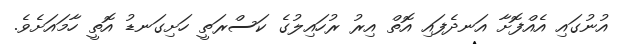
އުނުގައި އެއްފޮށާ އަނދެފައި އޮތް އިރު ރުހައިލުގެ ކަސްރަތީ ހަށިގަނޑު އޮތީ ހާމައަށެވެ.